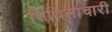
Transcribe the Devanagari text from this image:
शिथिलाचारी